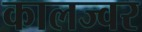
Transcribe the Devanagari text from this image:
कालज्वर